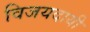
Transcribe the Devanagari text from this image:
विजयदायी